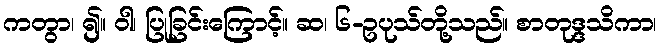
ကတွာ၊ ၍။ ဝါ၊ ပြုခြင်းကြောင့်။ ဆ၊ ၆-ဥပုသ်တို့သည်။ စာတုဒ္ဒသိကာ၊